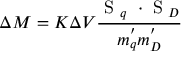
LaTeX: \Delta M = K \Delta V \frac { \mathrm { \boldmath ~ S ~ } _ { q } \mathrm { \boldmath ~ \cdot ~ S ~ } _ { D } } { m _ { q } ^ { ' } m _ { D } ^ { ' } }